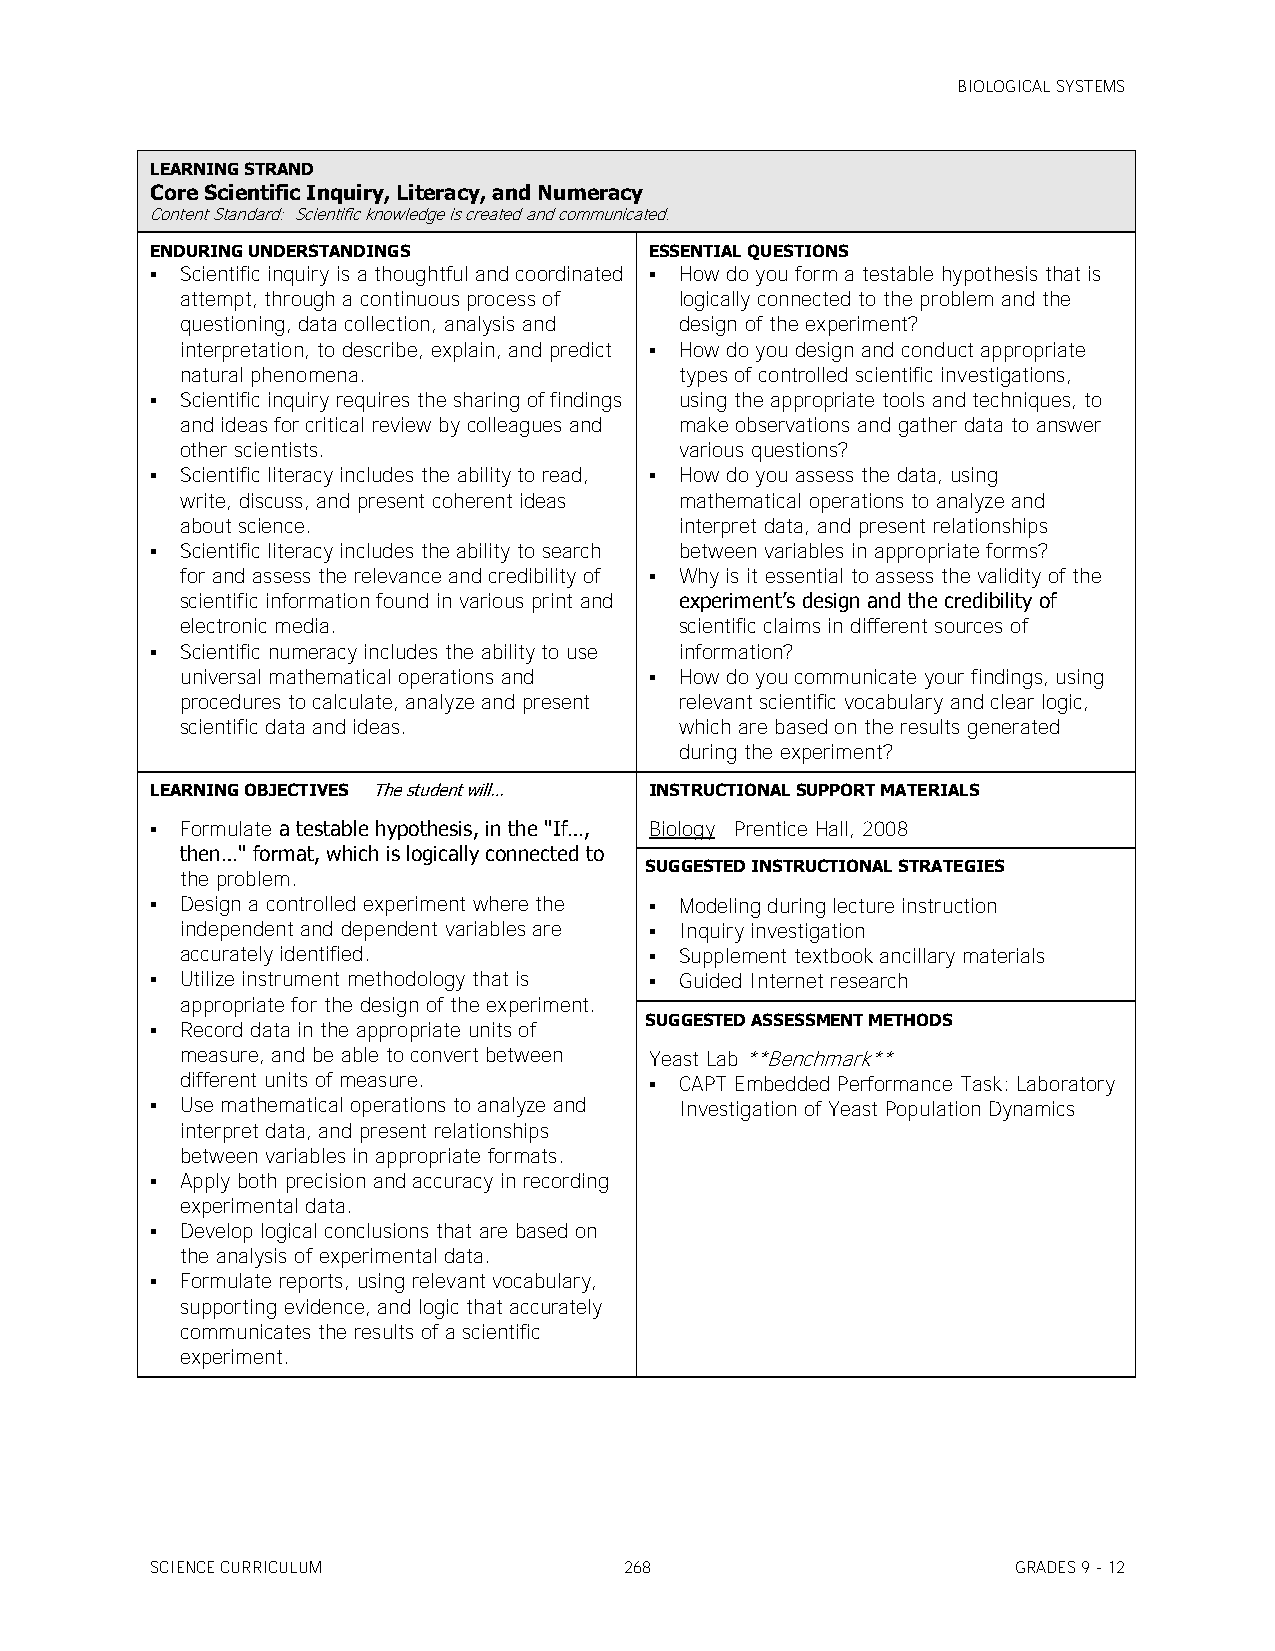
BIOLOGICAL SYSTEMS
 LEARNING STRAND
 Core Scientific Inquiry, Literacy, and Numeracy
 Content Standard: Scientific knowledge is created and communicated.
 ENDURING UNDERSTANDINGS          ESSENTIAL QUESTIONS
  Scientific inquiry is a thoughtful and coordinated  How do you form a testable hypothesis that is
 attempt, through a continuous process of logically connected to the problem and the
 questioning, data collection, analysis and design of the experiment?
 interpretation, to describe, explain, and predict  How do you design and conduct appropriate
 natural phenomena.               types of controlled scientific investigations,
  Scientific inquiry requires the sharing of findings using the appropriate tools and techniques, to
 and ideas for critical review by colleagues and make observations and gather data to answer
 other scientists.                various questions?
  Scientific literacy includes the ability to read,  How do you assess the data, using
 write, discuss, and present coherent ideas mathematical operations to analyze and
 about science.                   interpret data, and present relationships
  Scientific literacy includes the ability to search between variables in appropriate forms?
 for and assess the relevance and credibility of  Why is it essential to assess the validity of the
 scientific information found in various print and experiment’s design and the credibility of
 electronic media.                scientific claims in different sources of
  Scientific numeracy includes the ability to use information?
 universal mathematical operations and  How do you communicate your findings, using
 procedures to calculate, analyze and present relevant scientific vocabulary and clear logic,
 scientific data and ideas.       which are based on the results generated
 during the experiment?
 LEARNING OBJECTIVES The student will… INSTRUCTIONAL SUPPORT MATERIALS
  Formulate a testable hypothesis, in the "If…, Biology Prentice Hall, 2008
 then…" format, which is logically connected to
 SUGGESTED INSTRUCTIONAL STRATEGIES
 the problem.
  Design a controlled experiment where the  Modeling during lecture instruction
 independent and dependent variables are  Inquiry investigation
 accurately identified.          Supplement textbook ancillary materials
  Utilize instrument methodology that is  Guided Internet research
 appropriate for the design of the experiment.
 SUGGESTED ASSESSMENT METHODS
  Record data in the appropriate units of
 measure, and be able to convert between Yeast Lab **Benchmark**
 different units of measure.     CAPT Embedded Performance Task: Laboratory
  Use mathematical operations to analyze and Investigation of Yeast Population Dynamics
 interpret data, and present relationships
 between variables in appropriate formats.
  Apply both precision and accuracy in recording
 experimental data.
  Develop logical conclusions that are based on
 the analysis of experimental data.
  Formulate reports, using relevant vocabulary,
 supporting evidence, and logic that accurately
 communicates the results of a scientific
 experiment.
 SCIENCE CURRICULUM             268                       GRADES 9 - 12